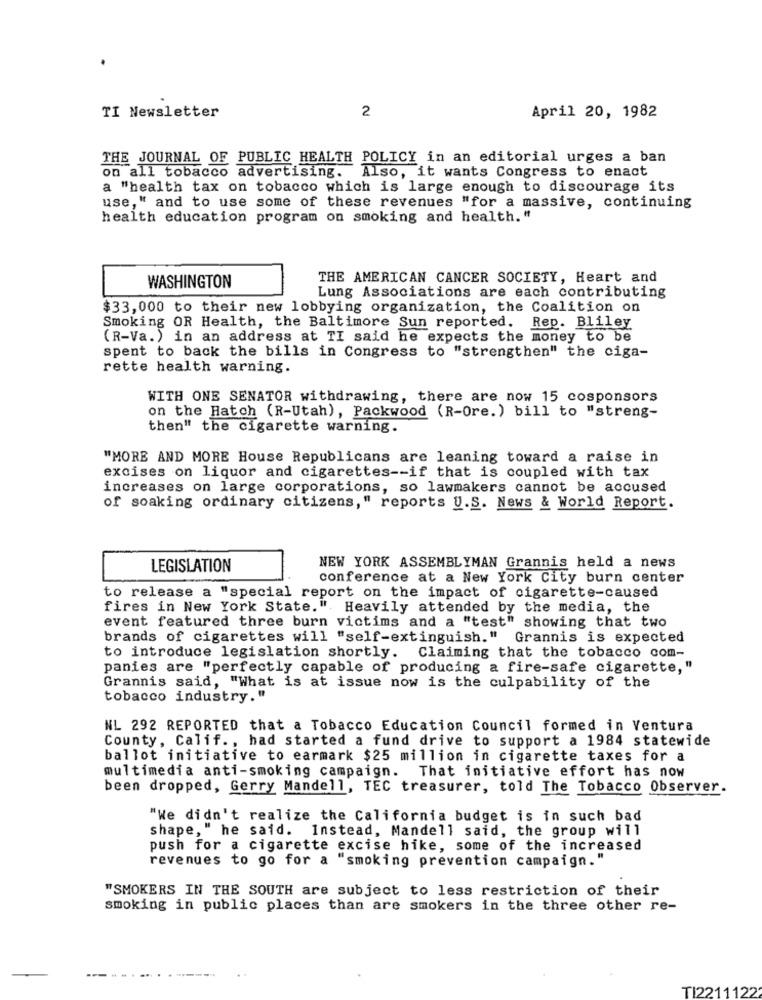
2
TI Newsletter
April 20, 1982
THE JOURNAL OF PUBLIC HEALTH POLICY in an editorial urges a ban
on all tobacco advertising. Also, it wants Congress to enact
a "health tax on tobacco which is large enough to discourage its
use," and to use some of these revenues "for a massive, continuing
health education program on smoking and health."
THE AMERICAN CANCER SOCIETY, Heart and
WASHINGTON
Lung Associations are each contributing
$33,000 to their new lobbying organization, the Coalition on
Smoking OR Health, the Baltimore Sun reported. Rep. Bliley
(R-Va.) in an address at TI said he expects the money to be
spent to back the bills in Congress to "strengthen" the ciga-
rette health warning.
WITH ONE SENATOR withdrawing, there are now 15 cosponsors
on the Hatch (R-Utah), Packwood (R-Ore.) bill to "streng-
then" the cigarette warning.
"MORE AND MORE House Republicans are leaning toward a raise in
excises on liquor and cigarettes -- if that is coupled with tax
increases on large corporations, so lawmakers cannot be accused
of soaking ordinary citizens," reports U.S. News & World Report.
LEGISLATION
NEW YORK ASSEMBLYMAN Grannis held a news
conference at a New York City burn center
to release a "special report on the impact of cigarette-caused
fires in New York State.". Heavily attended by the media, the
event featured three burn victims and a "test" showing that two
brands of cigarettes will "self-extinguish." Grannis is expected
to introduce legislation shortly. Claiming that the tobacco com-
panies are "perfectly capable of producing a fire-safe cigarette, "
Grannis said, "What is at issue now is the culpability of the
tobacco industry."
NL 292 REPORTED that a Tobacco Education Council formed in Ventura
County, Calif ., had started a fund drive to support a 1984 statewide
ballot initiative to earmark $25 million in cigarette taxes for a
That initiative effort has now
multimedia anti-smoking campaign.
been dropped, Gerry Mandell, TEC treasurer, told The Tobacco Observer.
"We didn't realize the California budget is in such bad
shape, " he said. Instead, Mandell said, the group will
push for a cigarette excise hike, some of the increased
revenues to go for a "smoking prevention campaign."
"SMOKERS IN THE SOUTH are subject to less restriction of their
smoking in public places than are smokers in the three other re-
TI2211122